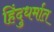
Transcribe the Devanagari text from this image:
हिंदुधर्मात